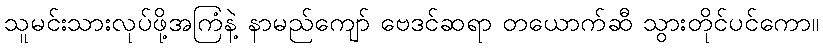
သူမင်းသားလုပ်ဖို့အကြံနဲ့ နာမည်ကျော် ဗေဒင်ဆရာ တယောက်ဆီ သွားတိုင်ပင်ကော။